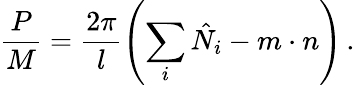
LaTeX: \frac{P}{M}=\frac{2\pi}{l}\left(\sum_{i}\hat{N}_{i}-m\cdot n\right)\, .